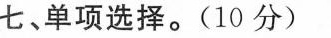
七、单项选择.(10 分)